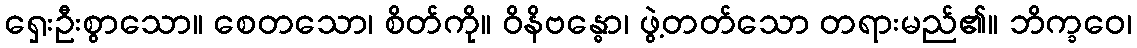
ရှေးဦးစွာသော။ စေတသော၊ စိတ်ကို။ ဝိနိဗန္ဓော၊ ဖွဲ့တတ်သော တရားမည်၏။ ဘိက္ခဝေ၊